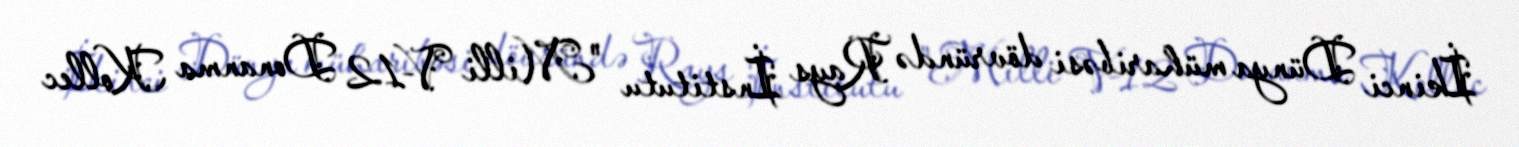
İkinci Dünya müharibəsi dövründə Rays İnstitutu "Milli V-12 Donanma Kollec